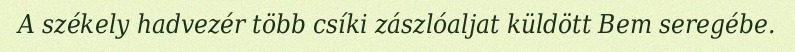
A székely hadvezér több csíki zászlóaljat küldött Bem seregébe.